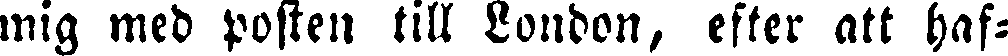
mig med posten till London, efter att haf-